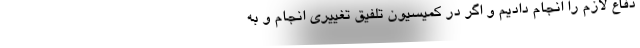
دفاع لازم را انجام دادیم و اگر در کمیسیون تلفیق تغییری انجام و به